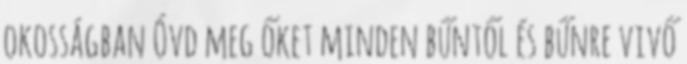
okosságban Óvd meg őket minden bűntől és bűnre vivő